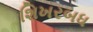
શિખરબધ